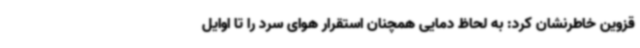
قزوین خاطرنشان کرد: به لحاظ دمایی همچنان استقرار هوای سرد را تا اوایل